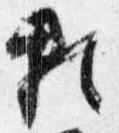
頼